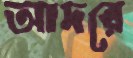
আদরে